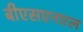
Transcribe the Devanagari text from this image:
बीएसएनएल